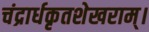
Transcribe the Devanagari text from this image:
चंद्रार्धकृतशेखराम्‌।